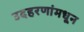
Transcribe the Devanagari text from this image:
उदहरणांमधून